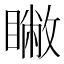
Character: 𥋗